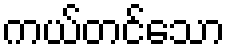
ကယ်တင်သော